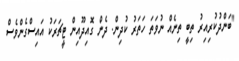
"ބަންދުކުރިއިރު ތިބީ ތިނެއް ނުވަތަ ހަތަރު ކުދިން. ދެން ގޮއިދޫއިން ޓީޗަރަކު އައިސްގެންވެސް